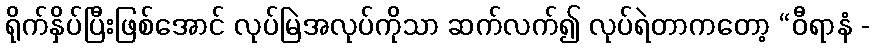
ရိုက်နှိပ်ပြီးဖြစ်အောင် လုပ်မြဲအလုပ်ကိုသာ ဆက်လက်၍ လုပ်ရဲတာကတော့ “ဝီရာနံ -